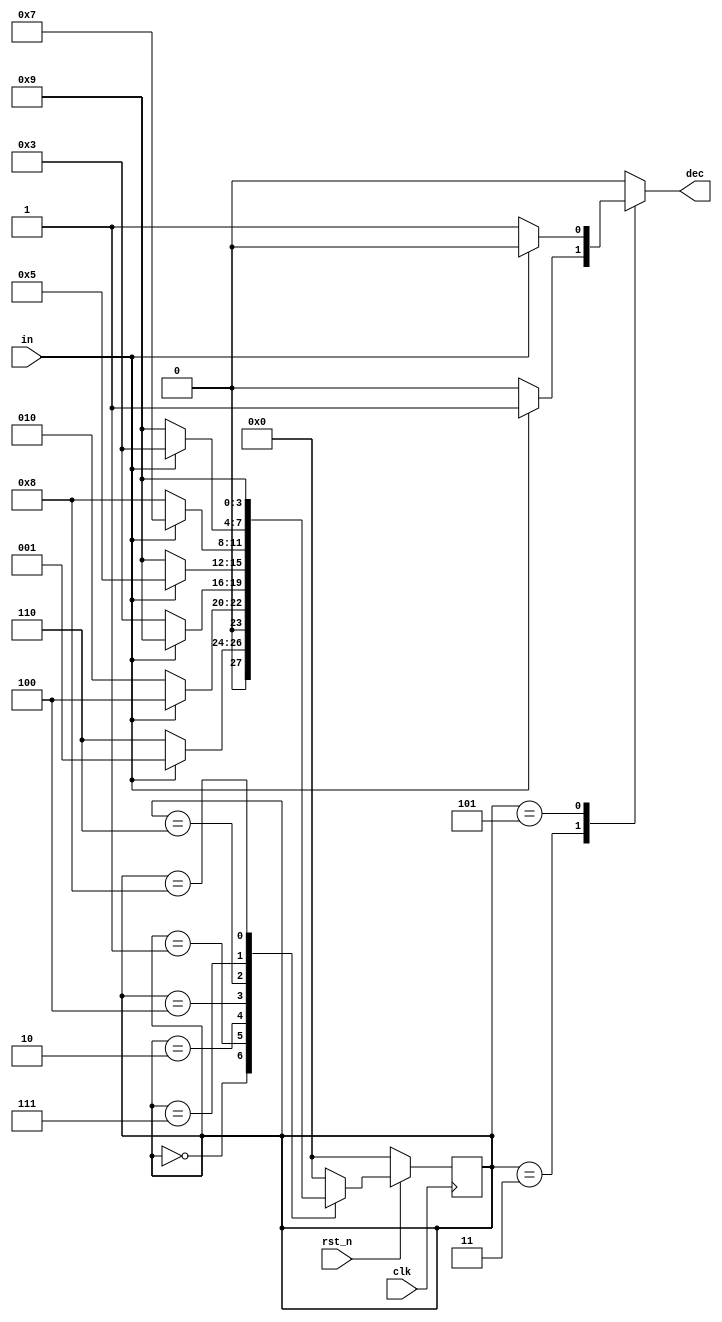
`timescale 1ns / 1ps
//////////////////////////////////////////////////////////////////////////////////
// Company: 
// Engineer: 
// 
// Design Name: 
// Module Name: Mealy_Sequence_Detector
// Project Name: 
// Target Devices: 
// Tool Versions: 
// Description: 
// 
// Dependencies: 
// 
// Revision:
// Revision 0.01 - File Created
// Additional Comments:
// 
//////////////////////////////////////////////////////////////////////////////////


module Mealy_Sequence_Detector (clk, rst_n, in, dec);
input clk, rst_n;
input in;
output dec;
parameter S0 = 4'b0000;
parameter S1 = 4'b0001;
parameter S2 = 4'b0010;
parameter S3 = 4'b0011;
parameter S4 = 4'b0100;
parameter S5 = 4'b0101;
parameter S6 = 4'b0110;
parameter S7 = 4'b0111;
parameter S8 = 4'b1000;
parameter S9 = 4'b1001;
reg [3:0] state, next_state;
reg dec;
always@(posedge clk)begin
    if(!rst_n)begin
        state <= S0;
    end
    else begin
        state <= next_state;
    end
end
always@(*)begin
    case(state)
        S0:begin
            if(in)begin
                next_state = S1;
                dec = 1'b0;
            end
            else begin
                next_state = S6;
                dec = 1'b0;
            end
        end
        S1:begin
            if(in)begin
                next_state = S4;
                dec = 1'b0;
            end
            else begin
                next_state = S2;
                dec = 1'b0;
            end
        end
        S2:begin
            if(in)begin
                next_state = S9;
                dec = 1'b0;
            end
            else begin
                next_state = S3;
                dec = 1'b0;
            end
        end
        S3:begin
            if(in)begin
                next_state = S0;
                dec = 1'b1;
            end
            else begin
                next_state = S0;
                dec = 1'b0;
            end
        end
        S4:begin
            if(in)begin
                next_state = S5;
                dec = 1'b0;
            end
            else begin
                next_state = S9;
                dec = 1'b0;
            end
        end
        S5:begin
            if(in)begin
                next_state = S0;
                dec = 1'b0;
            end
            else begin
                next_state = S0;
                dec = 1'b1;
            end
        end
        S6:begin
            if(in)begin
                next_state = S7;
                dec = 1'b0;
            end
            else begin
                next_state = S8;
                dec = 1'b0;
            end
        end
        S7:begin
            if(in)begin
                next_state = S3;
                dec = 1'b0;
            end
            else begin
                next_state = S9;
                dec = 1'b0;
            end
        end
        S8:begin
            if(in)begin
                next_state = S9;
                dec = 1'b0;
            end
            else begin
                next_state = S9;
                dec = 1'b0;
            end
        end
        S9:begin
            if(in)begin
                next_state = S0;
                dec = 1'b0;
            end
            else begin
                next_state = S0;
                dec = 1'b0;
            end
        end
        default:begin
            next_state = S0;
            dec = 1'b0;
        end
    endcase
end
endmodule